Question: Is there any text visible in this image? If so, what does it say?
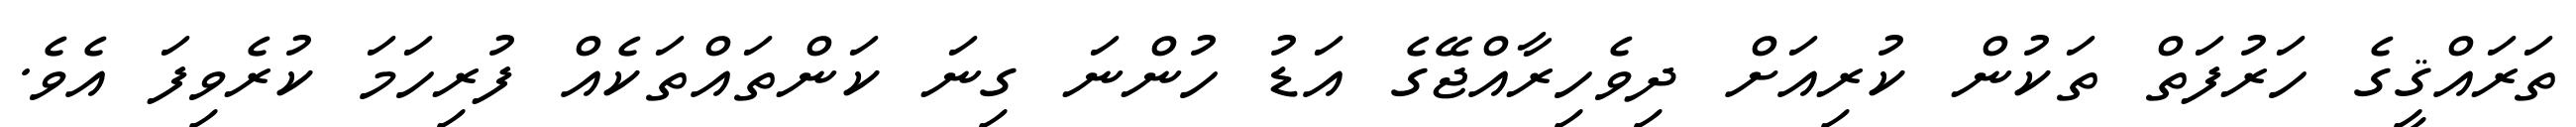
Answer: ތަރައްޤީގެ ހަރުފަތް ތަކުން ކުރިއަށް ދިވެހިރާއްޖޭގެ އަޑު ހުންނަ ގިނަ ކަންތައްތަކެއް ފުރިހަމަ ކުރެވިފަ އެވެ.